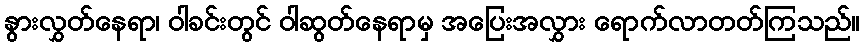
နွားလွှတ်နေရာ၊ ဝါခင်းတွင် ဝါဆွတ်နေရာမှ အပြေးအလွှား ရောက်လာတတ်ကြသည်။